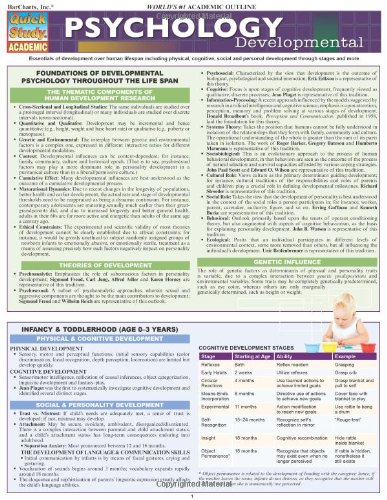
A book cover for Psychology: Developmental (Life Span) (Quick Study: Academic); Inc. BarCharts; Medical Books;